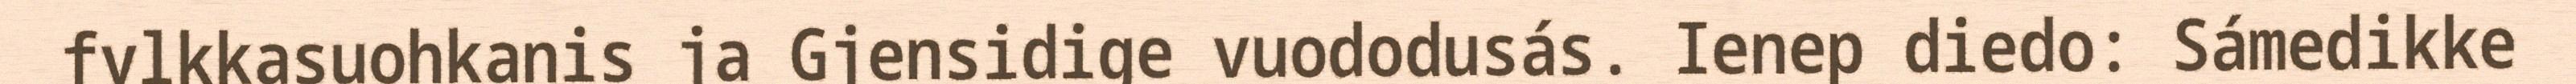
fylkkasuohkanis ja Gjensidige vuododusás. Ienep diedo: Sámedikke